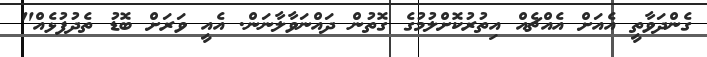
ގެންދަވާތީ އެއަށް އެއްޗެއް އިތުރުކޮށްލުމުގެ ގޮތުން ދައްނަވާލާނަން. އެއީ ވަރަށް ބޮޑު ތެދުފުޅެއް"